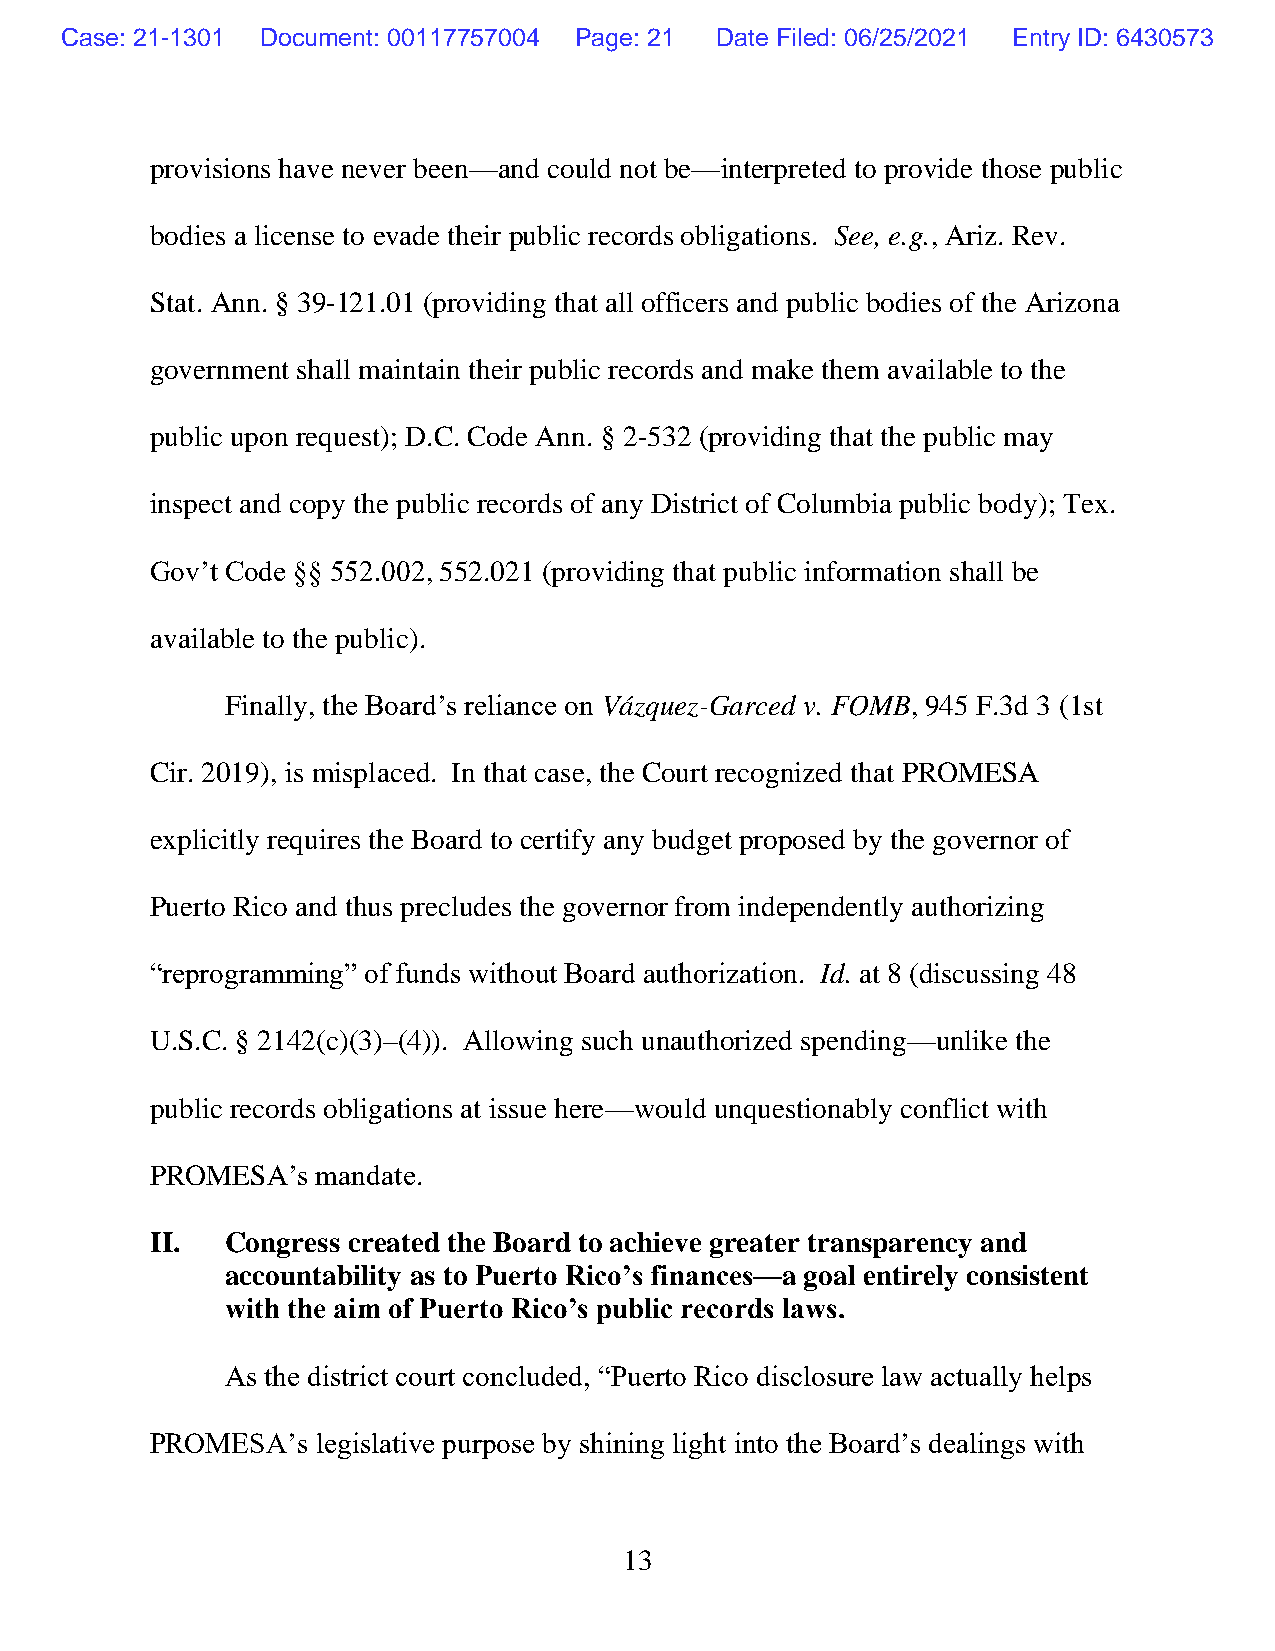
Case: 21-1301 Document: 00117757004 Page: 21 Date Filed: 06/25/2021 Entry ID: 6430573
 provisions have never been—and could not be—interpreted to provide those public
 bodies a license to evade their public records obligations. See, e.g., Ariz. Rev.
 Stat. Ann. § 39-121.01 (providing that all officers and public bodies of the Arizona
 government shall maintain their public records and make them available to the
 public upon request); D.C. Code Ann. § 2-532 (providing that the public may
 inspect and copy the public records of any District of Columbia public body); Tex.
 Gov’t Code §§ 552.002, 552.021 (providing that public information shall be
 available to the public).
 Finally, the Board’s reliance on Vázquez-Garced v. FOMB, 945 F.3d 3 (1st
 Cir. 2019), is misplaced. In that case, the Court recognized that PROMESA
 explicitly requires the Board to certify any budget proposed by the governor of
 Puerto Rico and thus precludes the governor from independently authorizing
 “reprogramming” of funds without Board authorization. Id. at 8 (discussing 48
 U.S.C. § 2142(c)(3)–(4)). Allowing such unauthorized spending—unlike the
 public records obligations at issue here—would unquestionably conflict with
 PROMESA’s  mandate.
 II.  Congress created the Board to achieve greater transparency and
 accountability as to Puerto Rico’s finances—a goal entirely consistent
 with the aim of Puerto Rico’s public records laws.
 As the district court concluded, “Puerto Rico disclosure law actually helps
 PROMESA’s  legislative purpose by shining light into the Board’s dealings with
 13